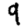
Digit: 9